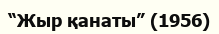
“Жыр қанаты” (1956)